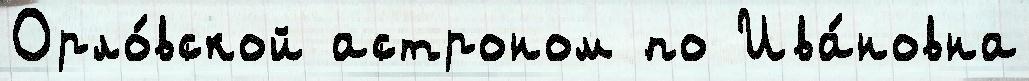
Орло́вской астроном по Ива́новна